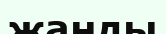
жанды